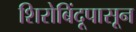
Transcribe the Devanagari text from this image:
शिरोबिंदूपासून